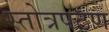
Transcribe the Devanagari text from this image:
स्तोत्रपठण